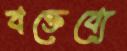
বক্তেব্যে